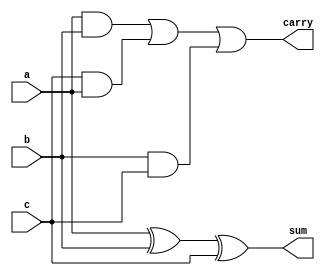
module fulladder (
input wire a,b,c,
output sum,carry 
);

assign sum=a^b^c;
assign carry=(a&b)|(c&a)|(b&c);

endmodule